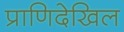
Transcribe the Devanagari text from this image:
प्राणिदेखिल